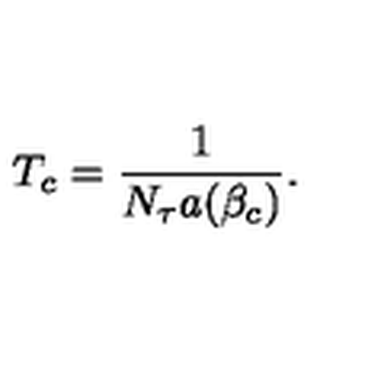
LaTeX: T _ { c } = { \frac { 1 } { N _ { \tau } a ( \beta _ { c } ) } } .